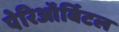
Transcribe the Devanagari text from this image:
पेरिऑर्बिटल